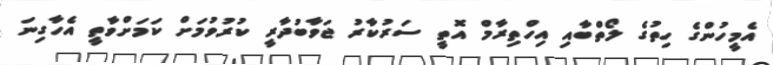
އެމީހުންގެ ހިތުގެ ލޯތްބާއި އިހްތިރާމް އޮތީ ސަރުކާރު ޖަވާބުދާރީ ކުރުވުމަށް ކަމަށްވާތީ އެހާގިނަ